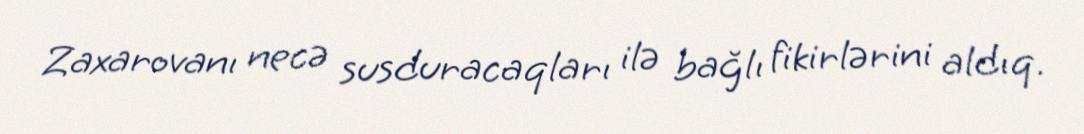
Zaxarovanı necə susduracaqları ilə bağlı fikirlərini aldıq.